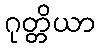
ဂုတ္တိယာ